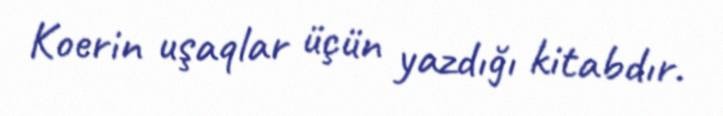
Koerin uşaqlar üçün yazdığı kitabdır.